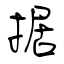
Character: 据